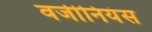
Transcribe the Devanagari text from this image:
वर्जीनियंस